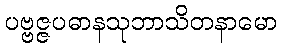
ပဗ္ဗဇ္ဇပဓာနသုဘာသိတနာမော